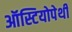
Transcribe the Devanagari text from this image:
ऑस्टियोपेथी